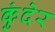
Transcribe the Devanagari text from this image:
कुंदेर